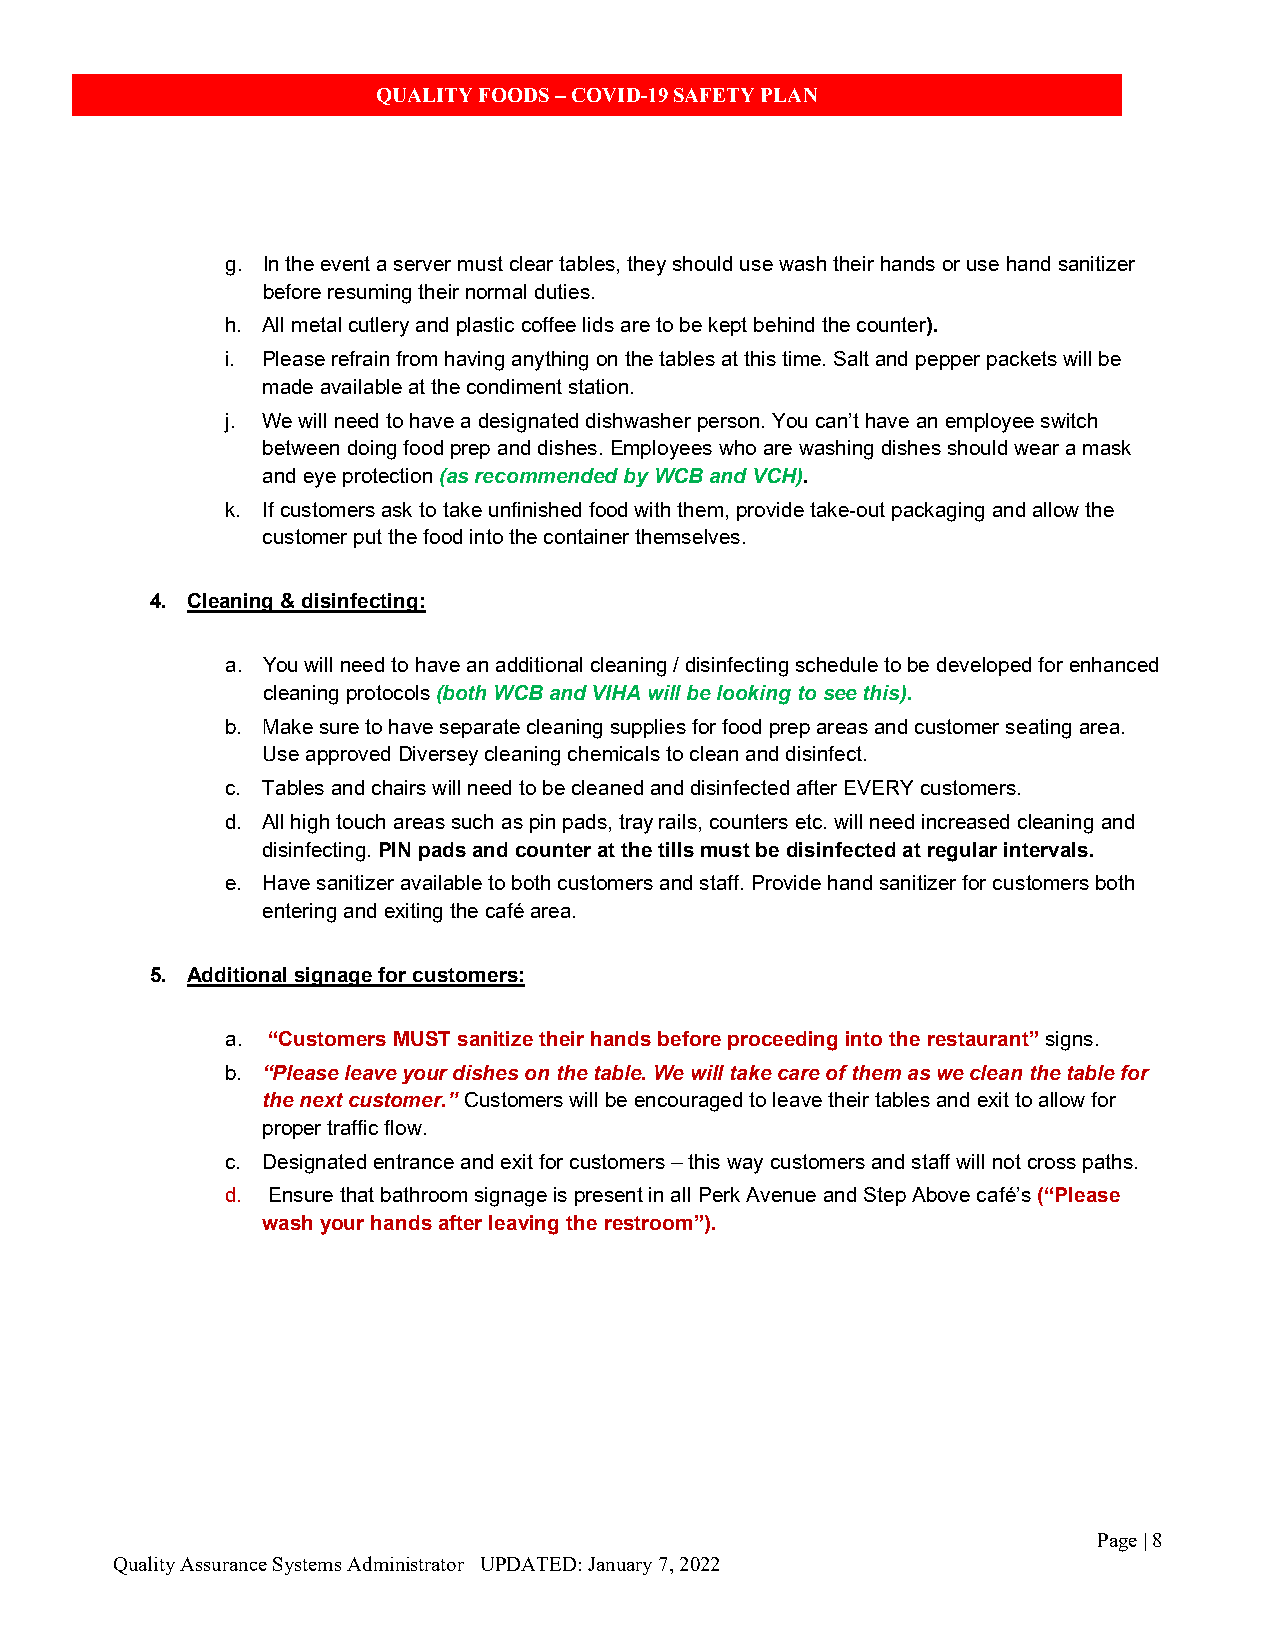
QUALITY FOODS – COVID-19 SAFETY PLAN
 g. In the event a server must clear tables, they should use wash their hands or use hand sanitizer
 before resuming their normal duties.
 h. All metal cutlery and plastic coffee lids are to be kept behind the counter).
 i. Please refrain from having anything on the tables at this time. Salt and pepper packets will be
 made available at the condiment station.
 j. We will need to have a designated dishwasher person. You can’t have an employee switch
 between doing food prep and dishes. Employees who are washing dishes should wear a mask
 and eye protection (as recommended by WCB and VCH).
 k. If customers ask to take unfinished food with them, provide take-out packaging and allow the
 customer put the food into the container themselves.
 4. Cleaning & disinfecting:
 a. You will need to have an additional cleaning / disinfecting schedule to be developed for enhanced
 cleaning protocols (both WCB and VIHA will be looking to see this).
 b. Make sure to have separate cleaning supplies for food prep areas and customer seating area.
 Use approved Diversey cleaning chemicals to clean and disinfect.
 c. Tables and chairs will need to be cleaned and disinfected after EVERY customers.
 d. All high touch areas such as pin pads, tray rails, counters etc. will need increased cleaning and
 disinfecting. PIN pads and counter at the tills must be disinfected at regular intervals.
 e. Have sanitizer available to both customers and staff. Provide hand sanitizer for customers both
 entering and exiting the café area.
 5. Additional signage for customers:
 a. “Customers MUST sanitize their hands before proceeding into the restaurant” signs.
 b. “Please leave your dishes on the table. We will take care of them as we clean the table for
 the next customer.” Customers will be encouraged to leave their tables and exit to allow for
 proper traffic flow.
 c. Designated entrance and exit for customers – this way customers and staff will not cross paths.
 d. Ensure that bathroom signage is present in all Perk Avenue and Step Above café’s (“Please
 wash your hands after leaving the restroom”).
 Page | 8
 Quality Assurance Systems Administrator UPDATED: January 7, 2022